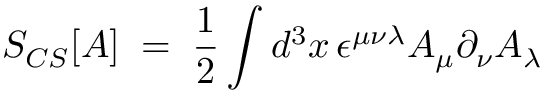
S _ { C S } [ A ] \; = \; \frac { 1 } { 2 } \int d ^ { 3 } x \, \epsilon ^ { \mu \nu \lambda } A _ { \mu } \partial _ { \nu } A _ { \lambda }